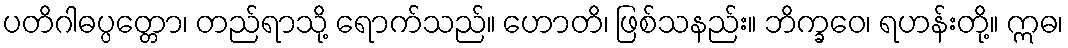
ပတိဂါဓပ္ပတ္တော၊ တည်ရာသို့ ရောက်သည်။ ဟောတိ၊ ဖြစ်သနည်း။ ဘိက္ခဝေ၊ ရဟန်းတို့။ ဣဓ၊